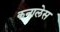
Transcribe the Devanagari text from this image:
कनालेस